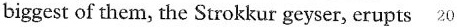
biggest of them, the Strokkur geyser, erupts 20